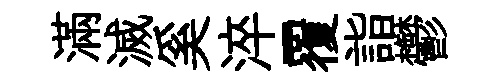
滿滅奚淬覆詣鬱